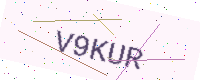
Text: V9KUR